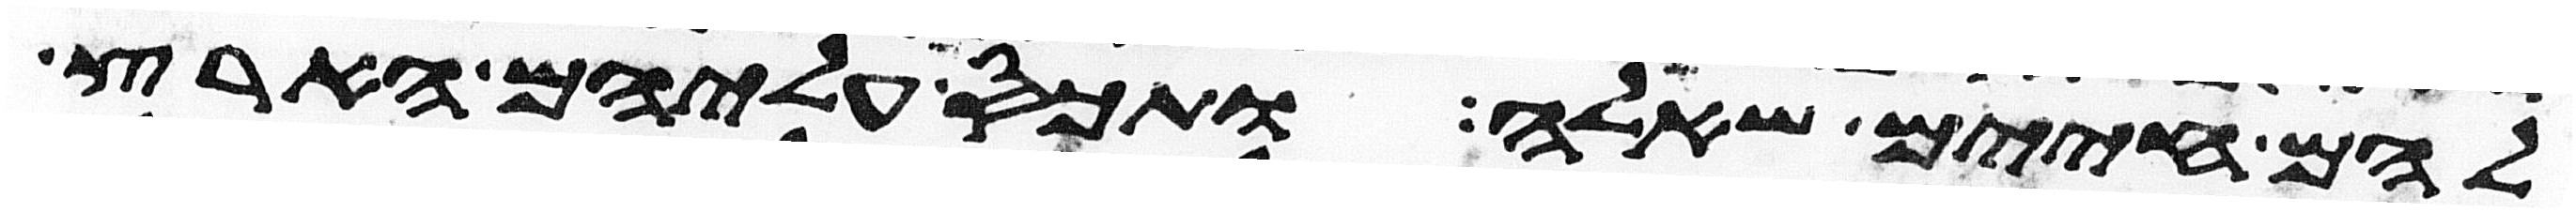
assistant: להם חיים שאלה ותכס עליהם הארץ